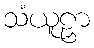
သံယူဠှာ